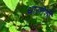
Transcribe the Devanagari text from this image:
धारणेशी